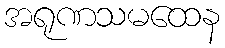
အရုဏသမထေန